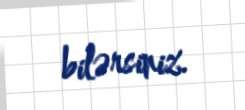
bilərsiniz.